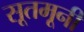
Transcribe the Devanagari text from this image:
सूतमूनी